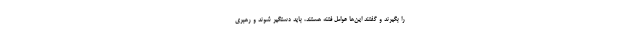
را بگیرند و گفتند این‌ها عوامل فتنه هستند، باید دستگیر شوند و رهبری